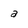
Character: a